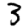
Digit: 3